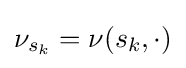
\nu _{s_{k}}=\nu (s_{k},\cdot )